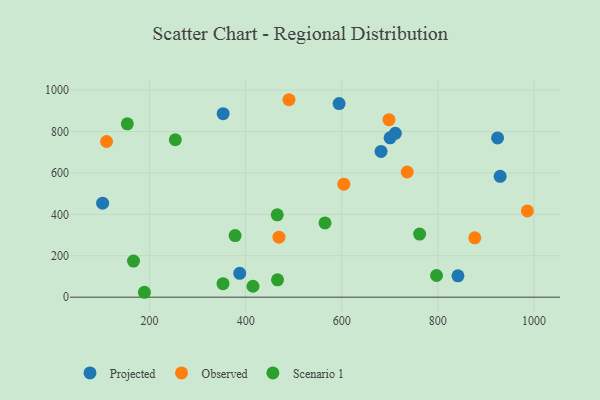
{"axis": {"x": "Speed", "y": "Exam Score"}, "legend": ["Observed", "Projected", "Scenario 1"], "data": [{"x": "929.7", "y": 583.3, "type": "Projected"}, {"x": "924.4", "y": 768.7, "type": "Projected"}, {"x": "387.6", "y": 115.3, "type": "Projected"}, {"x": "681.8", "y": 703.5, "type": "Projected"}, {"x": "353.1", "y": 885.9, "type": "Projected"}, {"x": "594.5", "y": 934.8, "type": "Projected"}, {"x": "700.6", "y": 769.2, "type": "Projected"}, {"x": "102.2", "y": 453.9, "type": "Projected"}, {"x": "711.5", "y": 791.0, "type": "Projected"}, {"x": "841.9", "y": 103.3, "type": "Projected"}, {"x": "469.3", "y": 289.9, "type": "Observed"}, {"x": "876.9", "y": 286.8, "type": "Observed"}, {"x": "604.3", "y": 545.7, "type": "Observed"}, {"x": "490.1", "y": 953.3, "type": "Observed"}, {"x": "110.4", "y": 751.6, "type": "Observed"}, {"x": "986.4", "y": 416.3, "type": "Observed"}, {"x": "698.3", "y": 857.0, "type": "Observed"}, {"x": "736.2", "y": 604.3, "type": "Observed"}, {"x": "189.2", "y": 23.7, "type": "Scenario 1"}, {"x": "797.3", "y": 104.8, "type": "Scenario 1"}, {"x": "762.1", "y": 304.7, "type": "Scenario 1"}, {"x": "166.5", "y": 174.3, "type": "Scenario 1"}, {"x": "352.8", "y": 65.2, "type": "Scenario 1"}, {"x": "465.7", "y": 397.5, "type": "Scenario 1"}, {"x": "153.6", "y": 837.1, "type": "Scenario 1"}, {"x": "415.2", "y": 52.8, "type": "Scenario 1"}, {"x": "565.1", "y": 358.5, "type": "Scenario 1"}, {"x": "253.5", "y": 760.1, "type": "Scenario 1"}, {"x": "466.3", "y": 83.7, "type": "Scenario 1"}, {"x": "378.0", "y": 297.3, "type": "Scenario 1"}]}